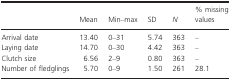
<table><thead><tr><td></td><td><b>Mean</b></td><td><b>Min–max</b></td><td><b>SD</b></td><td><b><i>N</i></b></td><td><b>% missing values</b></td></tr></thead><tbody><tr><td>Arrival date</td><td>13.40</td><td>0–31</td><td>5.74</td><td>363</td><td>–</td></tr><tr><td>Laying date</td><td>14.70</td><td>0–30</td><td>4.42</td><td>363</td><td>–</td></tr><tr><td>Clutch size</td><td>6.56</td><td>2–9</td><td>0.80</td><td>363</td><td>–</td></tr><tr><td>Number of fledglings</td><td>5.70</td><td>0–9</td><td>1.50</td><td>261</td><td>28.1</td></tr></tbody></table>